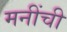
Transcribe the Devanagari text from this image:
मनींची